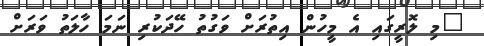
"މި ލޮރީގައި އެ މީހުން އިތުރަށް ވަގުތު ހޭދަކުރި ނަމަ ހާލަތު ވަރަށް